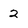
Character: 2